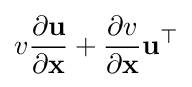
v{\frac {\partial \mathbf {u} }{\partial \mathbf {x} }}+{\frac {\partial v}{\partial \mathbf {x} }}\mathbf {u} ^{\top }